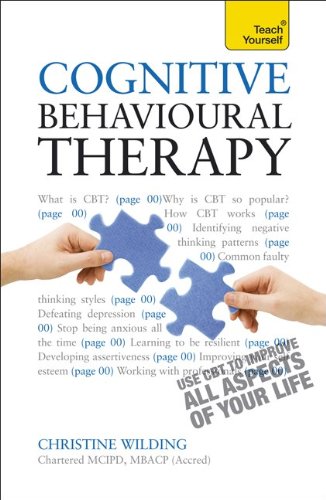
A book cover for Cognitive Behavioral Therapy: Teach Yourself; Christine Wilding; Self-Help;